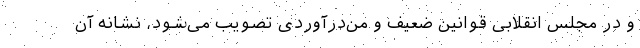
و در مجلس انقلابی قوانین ضعیف و من‌درآوردی تصویب می‌شود، نشانه آن